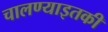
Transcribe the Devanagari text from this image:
चालण्याइतकी